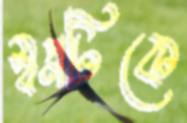
স্বপ্নটিকে